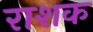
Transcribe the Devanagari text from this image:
राशक